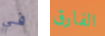
في الفارق